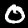
Digit: 0